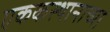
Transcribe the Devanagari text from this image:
एककस्थानाच्या